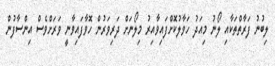
ލިބުނު ފަރާތްތަކާއި ލޯނު މިއަދު ހަވާލުކޮށްފައިވާއިރު މިލޯނަށް ދަރިވަރުން ހޮވާފައިވާނީ ވަރަށްވެސް އިންސާފުން